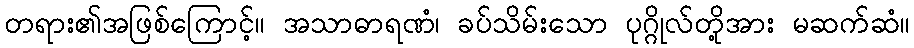
တရား၏အဖြစ်ကြောင့်။ အသာဓာရဏံ၊ ခပ်သိမ်းသော ပုဂ္ဂိုလ်တို့အား မဆက်ဆံ။